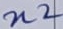
Text: n2